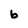
Character: b